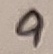
Text: 9